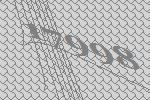
17998